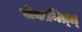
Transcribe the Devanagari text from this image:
सेवानिव्र्त्